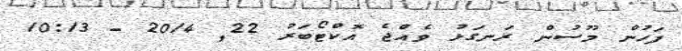
ފަހުން މޫސުން ރަނގަޅު ވެއްޖެ އޮކްޓޯބަރު 22